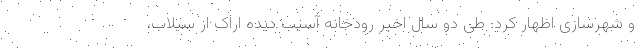
و شهرسازی اظهار کرد: طی دو سال اخیر رودخانه آسیب دیده اراک از سیلاب،